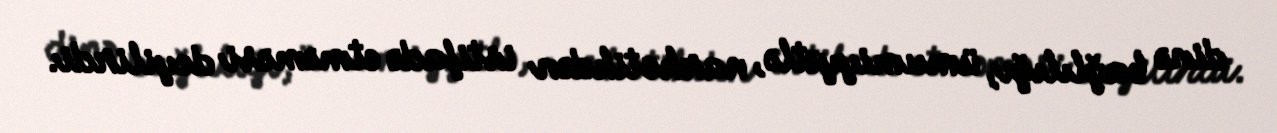
dinə bağlılığı, ümumiyyətlə, narkotikdən istifadə etməməsi deyilirdi.